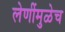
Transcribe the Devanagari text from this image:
लेणींमुळेच